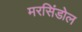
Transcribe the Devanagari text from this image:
मरसिंडोल